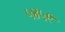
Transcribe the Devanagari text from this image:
५४५९